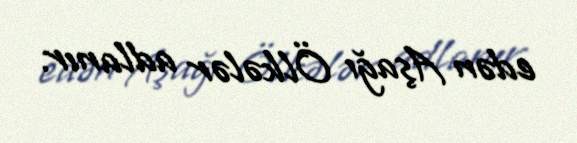
edən Aşağı Ölkələr adlanır.